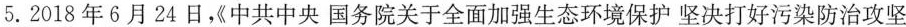
5.2018年6月24日《中共中央国务院关于全面加强生态环境保护坚决打好污染防治攻坚